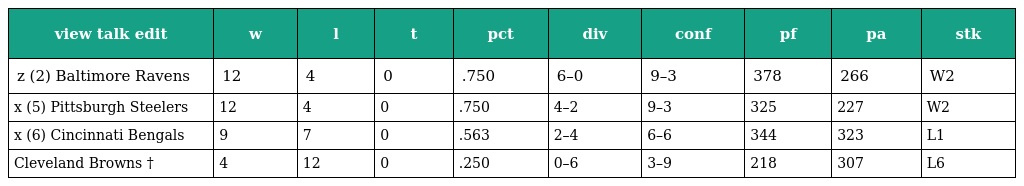
| view talk edit | w | l | t | pct | div | conf | pf | pa | stk |
 | --- | --- | --- | --- | --- | --- | --- | --- | --- | --- |
 | z (2) Baltimore Ravens | 12 | 4 | 0 | .750 | 6–0 | 9–3 | 378 | 266 | W2 |
 | x (5) Pittsburgh Steelers | 12 | 4 | 0 | .750 | 4–2 | 9–3 | 325 | 227 | W2 |
 | x (6) Cincinnati Bengals | 9 | 7 | 0 | .563 | 2–4 | 6–6 | 344 | 323 | L1 |
 | Cleveland Browns † | 4 | 12 | 0 | .250 | 0–6 | 3–9 | 218 | 307 | L6 |